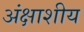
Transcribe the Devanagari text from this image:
अंक्षाशीय